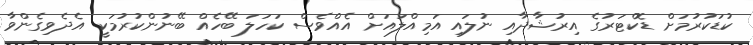
ކުޑަކުރުމަށް ޑޮކްޓަރުގެ އިރުޝާދާއި ނުލައި އަމިއްލައަށް އެއްވެސް ކަހަލަ ބޭހެއް ބޭނުންކުރުމަކީ އެދެވިގެންވާ